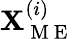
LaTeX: \mathbf{X}_{\mathrm{{~M~E~}}}^{(i)}